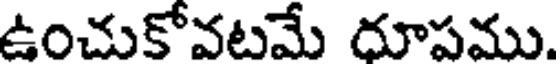
ఉంచుకోవటమే దూపము.